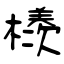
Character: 檨